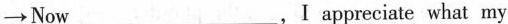
\rightarrow Now ___ ___ ,I appreciate what my